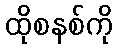
ထိုစနစ်ကို